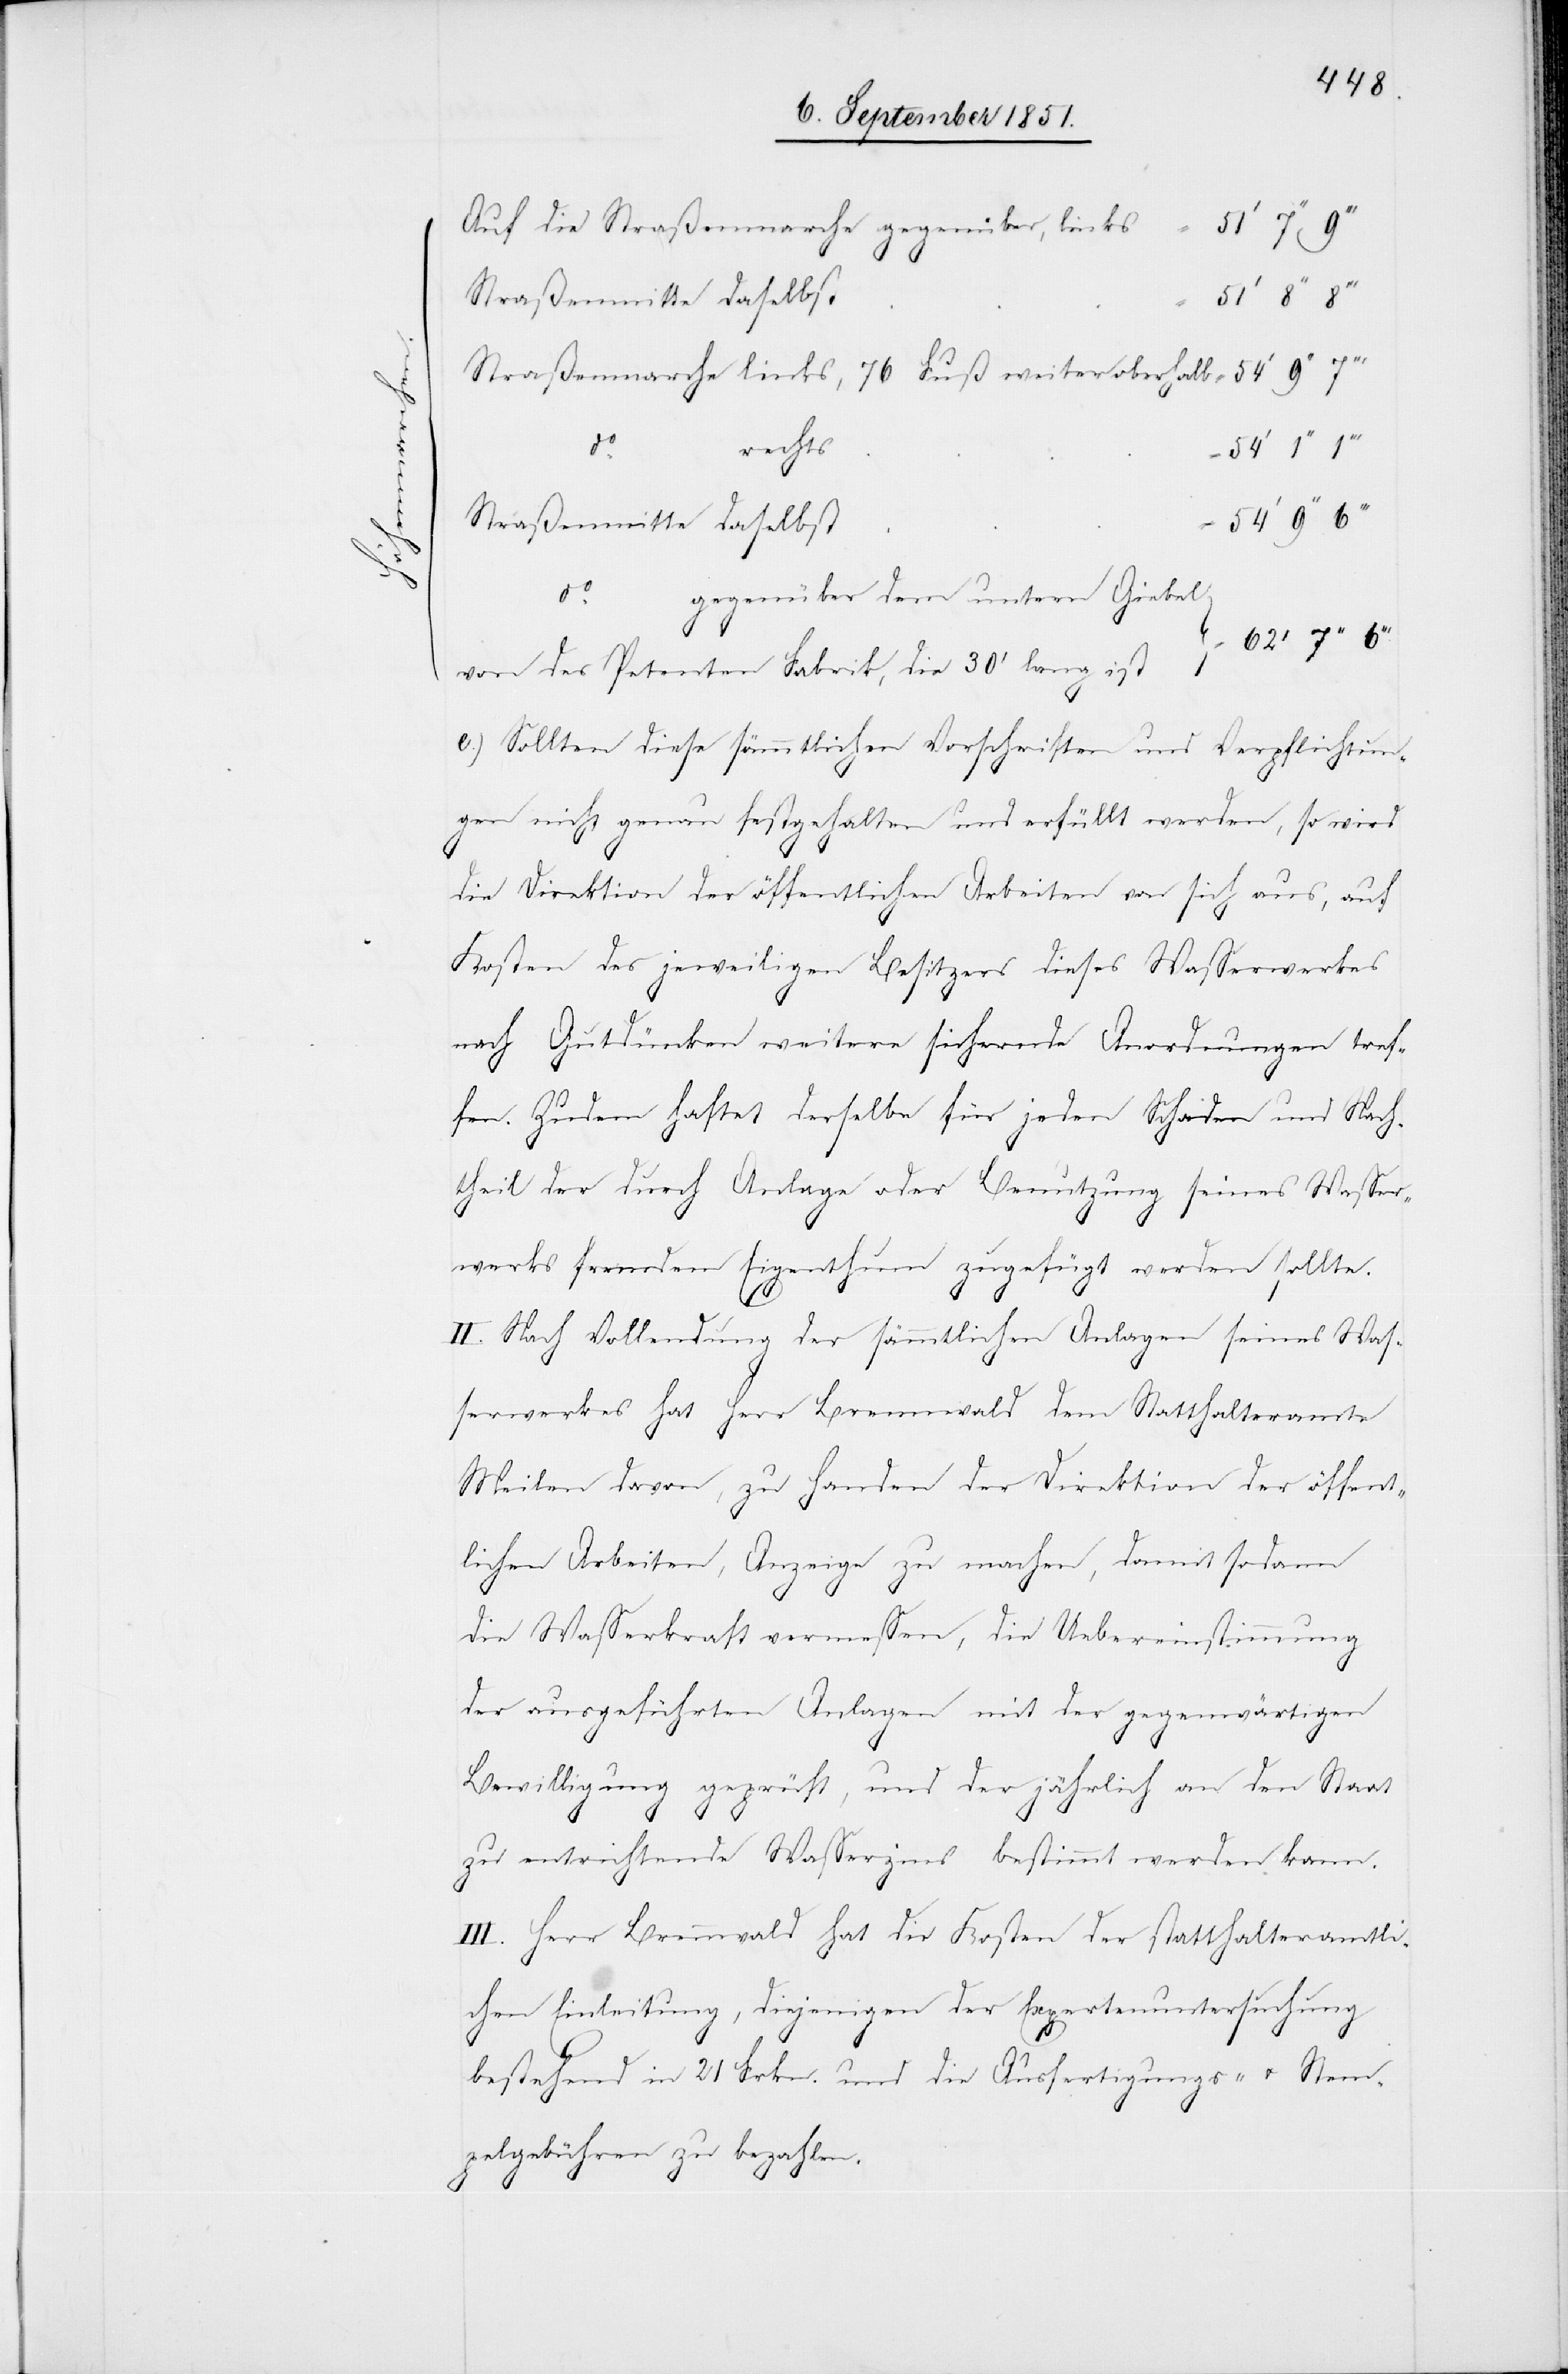
54‘
Auf die Straßenmarche gegenüber, links
Straßenmarche links, 76 Fuß weiter oberhalb =
do.
rechts
Straßenmitte daselbst
gegenüber dem untern Giebel
do.
von des Petenten Fabrik, die 30‘ lang ist
Sollten diese sämmtlichen Vorschriften und Verpflichtun¬
gen nicht genau festgehalten und erfüllt werden, so wird
die Direktion der öffentlichen Arbeiten von sich aus, auf
Kosten des jeweiligen Besitzers dieses Wasserwerkes
nach Gutdünken weitere sichernde Anordnungen tref¬
fen. Zudem haftet derselbe für jeden Schaden und Nach¬
theil der durch Anlage oder Benutzung seines Wasser¬
werks fremdem Eigenthum zugefügt werden sollte.
II. Nach Vollendung der sämmtlichen Anlagen seines Was¬
serwerkes hat Herr Brennwald dem Statthalteramte
Meilen davon, zu Handen der Direktion der öffent¬
lichen Arbeiten, Anzeige zu machen, damit sodann
die Wasserkraft vermessen, die Uebereinstimmung
der ausgeführten Anlagen mit der gegenwärtigen
Bewilligung geprüft, und der jährlich an den Staat
zu entrichtende Wasserzins bestimmt werden kann.
III. Herr Brennwald hat die Kosten der statthalteramtli¬
chen Einleitung, diejenigen der Expertenuntersuchung
bestehend in 21 Frkn. und die Ausfertigungs- u. Stemp¬
elgebühren zu bezahlen.